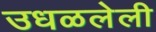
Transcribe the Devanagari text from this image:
उधळलेली